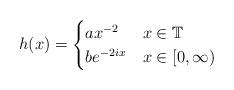
LaTeX: \begin{align*}h(x) = \begin{cases}a x^{-2} & x \in \mathbb{T} \\b e^{-2i x} & x \in [0,\infty) \end{cases}\end{align*}